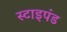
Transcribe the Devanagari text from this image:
स्टाइपंड